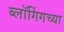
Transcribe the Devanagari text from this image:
ब्लॉगिंगच्या